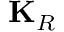
\mathbf { K } _ { R }